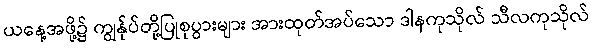
ယနေ့အဖို့၌ ကျွန်ုပ်တို့ပြုစုပွားများ အားထုတ်အပ်သော ဒါနကုသိုလ် သီလကုသိုလ်